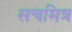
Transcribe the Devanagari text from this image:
सचमित्र